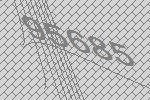
95685